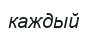
каждый